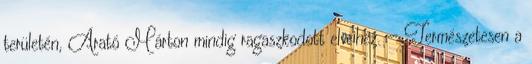
területén, Arató Márton mindig ragaszkodott elveihez. — Természetesen a